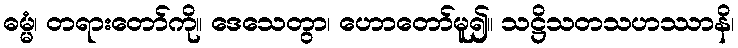
ဓမ္မံ၊ တရားတော်ကို။ ဒေသေတွာ၊ ဟောတော်မူ၍။ သဋ္ဌိသတသဟဿာနိ၊